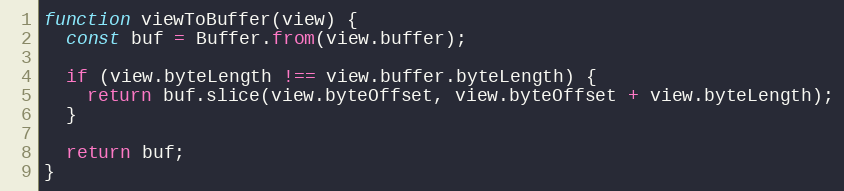
Language: JavaScript
function viewToBuffer(view) {
  const buf = Buffer.from(view.buffer);

  if (view.byteLength !== view.buffer.byteLength) {
    return buf.slice(view.byteOffset, view.byteOffset + view.byteLength);
  }

  return buf;
}